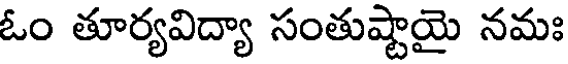
ఓం తూర్యవిద్యా సంతుష్టాయై నమః